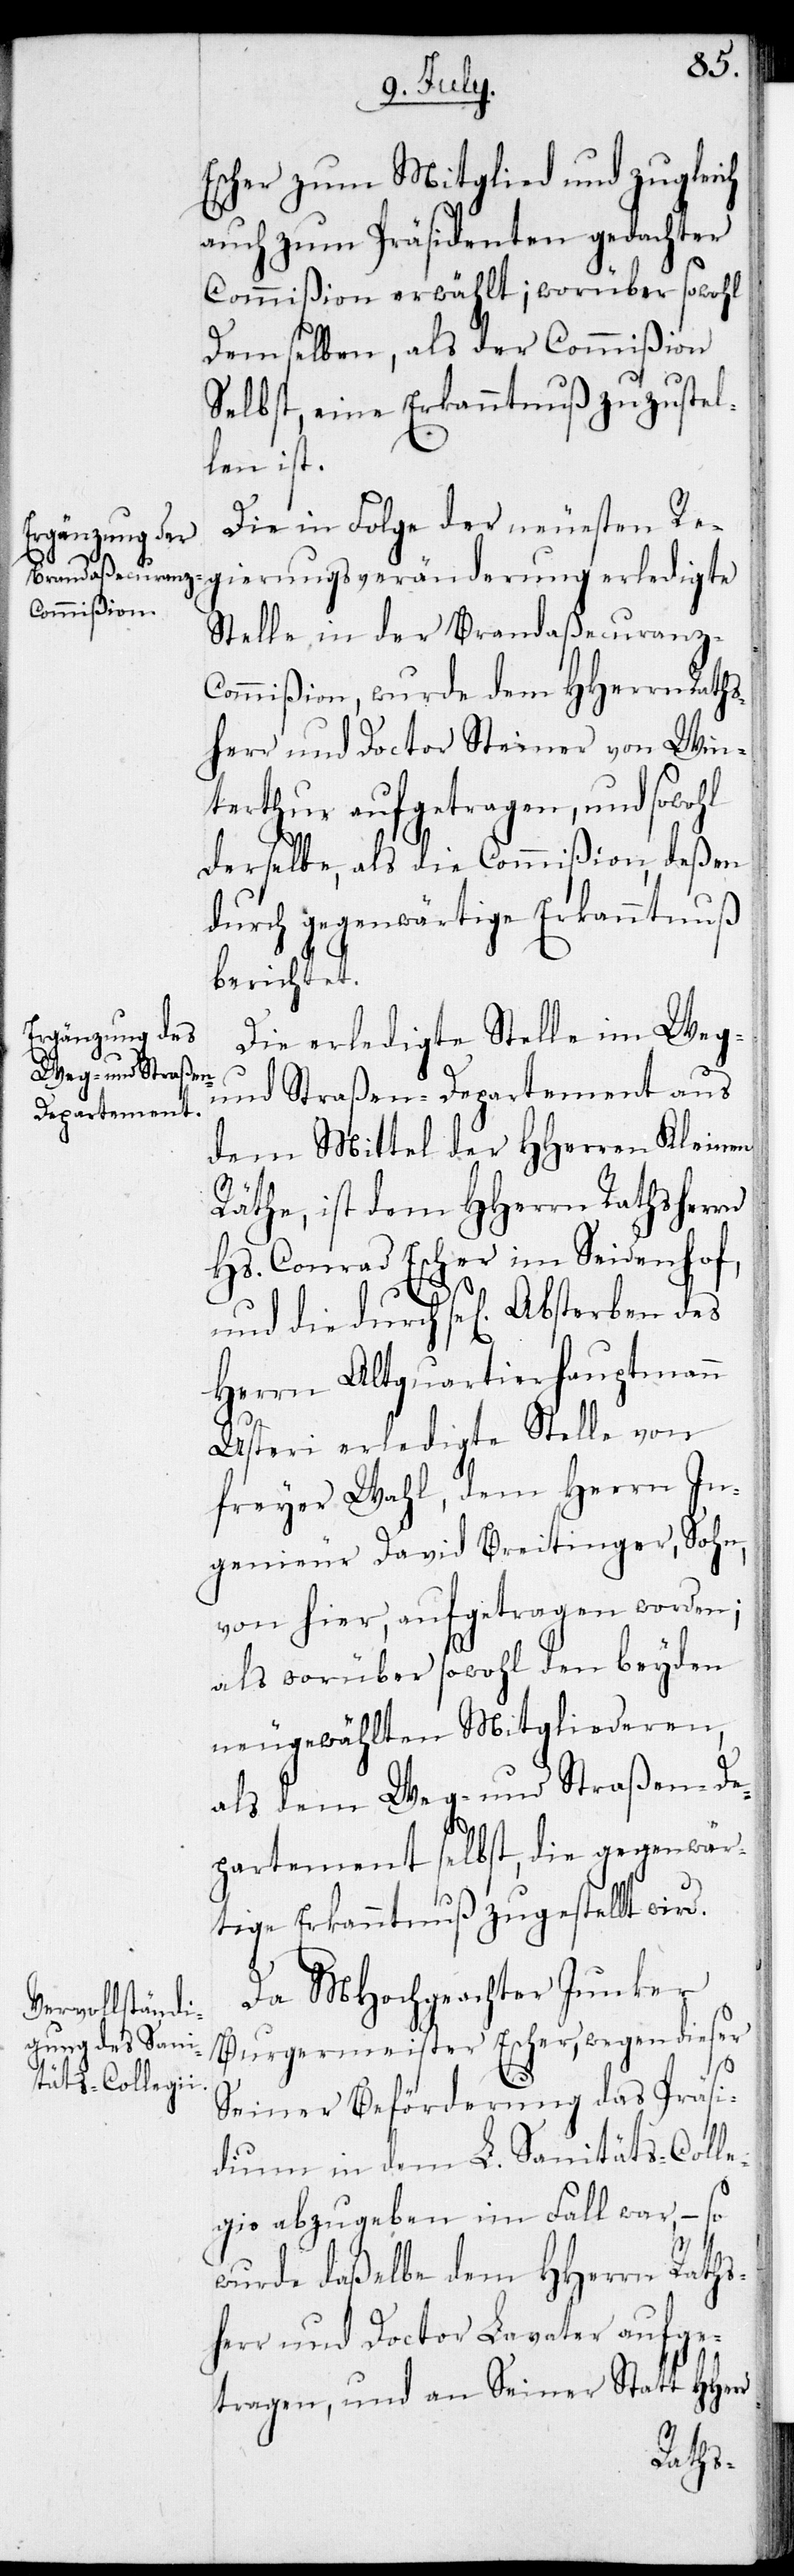
Escher zum Mitglied und zugleich
auch zum Präsidenten gedachter
Commißion erwählt; worüber sowohl
Demselben, als der Commißion
Selbst, eine Erkanntnuß zuzustel¬
len ist.
Die in Folge der neuesten Re¬
gierungsveränderungen erledigte
Stelle in der Brandaßecuranz-C¬
ommißion, wurde dem HHerrn Raths¬
herr und Doctor Steiner von Win¬
terthur aufgetragen, und sowohl
derselbe, als die Commißion, deßen
durch gegenwärtige Erkanntnuß
berichtet.
Die erledigte Stelle im Weg-
und Straßen-Departement aus
dem Mittel der HHerren Kleinen
Räthe, ist dem HHerrn Rathsherr
Hs. Conrad Escher im Seidenhof,
Herrn Altquartierhauptmann
Usteri erledigte Stelle von
freyer Wahl, dem Herrn In¬
genieur David Breitinger, Sohn,
von hier, aufgetragen worden;
als worüber sowohl den beyden
neugewählten Mitgliederen,
als dem Weg- und Straßen-De¬
partement selbst, die gegenwär¬
tige Erkanntnuß zugestellt wird.
Da MHochgeachter Junker
Burgermeister Escher, wegen dieser
seiner Beförderung das Präsi¬
dium in dem L. Sanitäts-Colle¬
gio abzugeben im Fall war, – so
wurde daßelbe dem HHerrn Raths¬
herr und Doctor Lavater aufge¬
tragen, und an Seiner statt HHerr